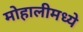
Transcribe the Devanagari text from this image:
मोहालीमध्ये